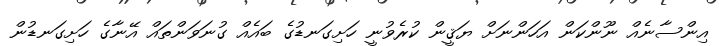
އިންސާނެއް ނޫންކަން އަހަންނަށް ޔަޤީން ކުރެވުނީ ހަށިގަނޑުގެ ބައެއް ގުނަވަންތައް އޭނާގެ ހަށިގަނޑުން